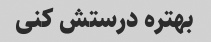
بهتره درستش کنی